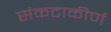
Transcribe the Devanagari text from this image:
संकटाकीर्ण